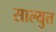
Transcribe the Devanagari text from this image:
साल्युत